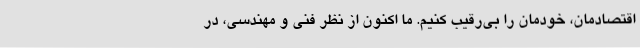
اقتصادمان، خودمان را بی‌رقیب کنیم. ما اکنون از نظر فنی و مهندسی، در